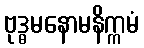
ဗုဒ္ဓမနောမနိက္ကမံ